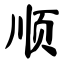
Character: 顺